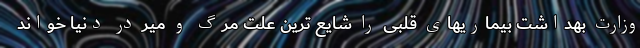
وزارت بهداشت بیماریهای قلبی را شایع ترین علت مرگ و میر در دنیا خواند